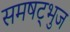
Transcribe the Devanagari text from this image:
समषट्भुज